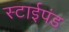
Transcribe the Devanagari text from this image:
स्टाईपंड